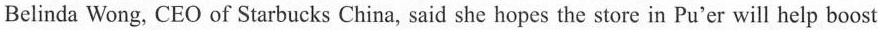
Belinda Wong, CEO of Starbucks China, said she hopes the store in Pu'er will help boost